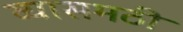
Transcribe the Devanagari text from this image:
व्यासमठी